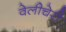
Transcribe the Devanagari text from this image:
वेलीचेरी